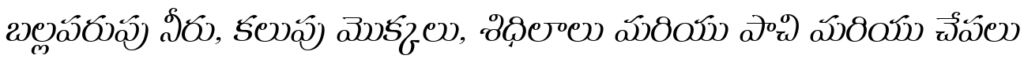
బల్లపరుపు నీరు, కలుపు మొక్కలు, శిధిలాలు మరియు పాచి మరియు చేపలు